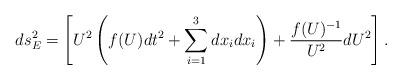
LaTeX: \begin{align*}ds_E^2 = \left[ U^2 \left( f(U) dt^2 + \sum^3_{i=1}dx_i dx_i \right) + \frac{f(U)^{-1}}{U^2} dU^2 \right].\end{align*}